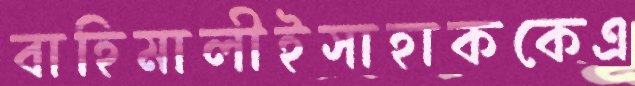
বাহিমালীইসাহাককেএ